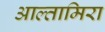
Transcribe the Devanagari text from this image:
आल्तामिरा